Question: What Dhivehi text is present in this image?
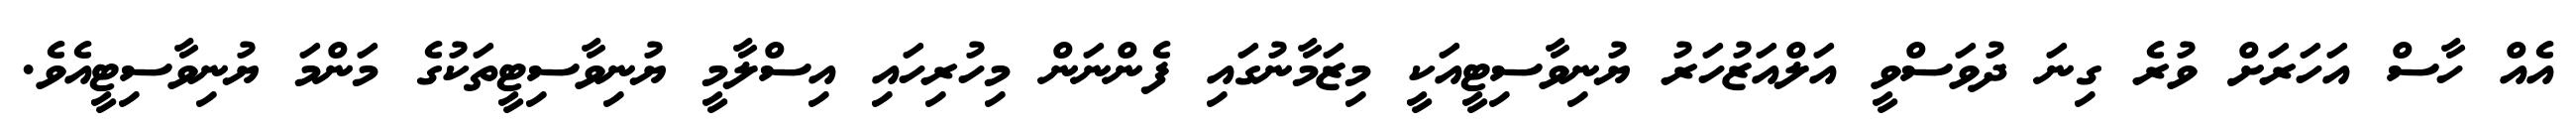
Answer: އެއް ހާސް އަހަރަށް ވުރެ ގިނަ ދުވަސްވީ އަލްއަޒުހަރު ޔުނިވާސިޓީއަކީ މިޒަމާނުގައި ފެންނަން މިހުރިހައި އިސްލާމީ ޔުނިވާސިޓީތަކުގެ މަންމަ ޔުނިވާސިޓީއެވެ.